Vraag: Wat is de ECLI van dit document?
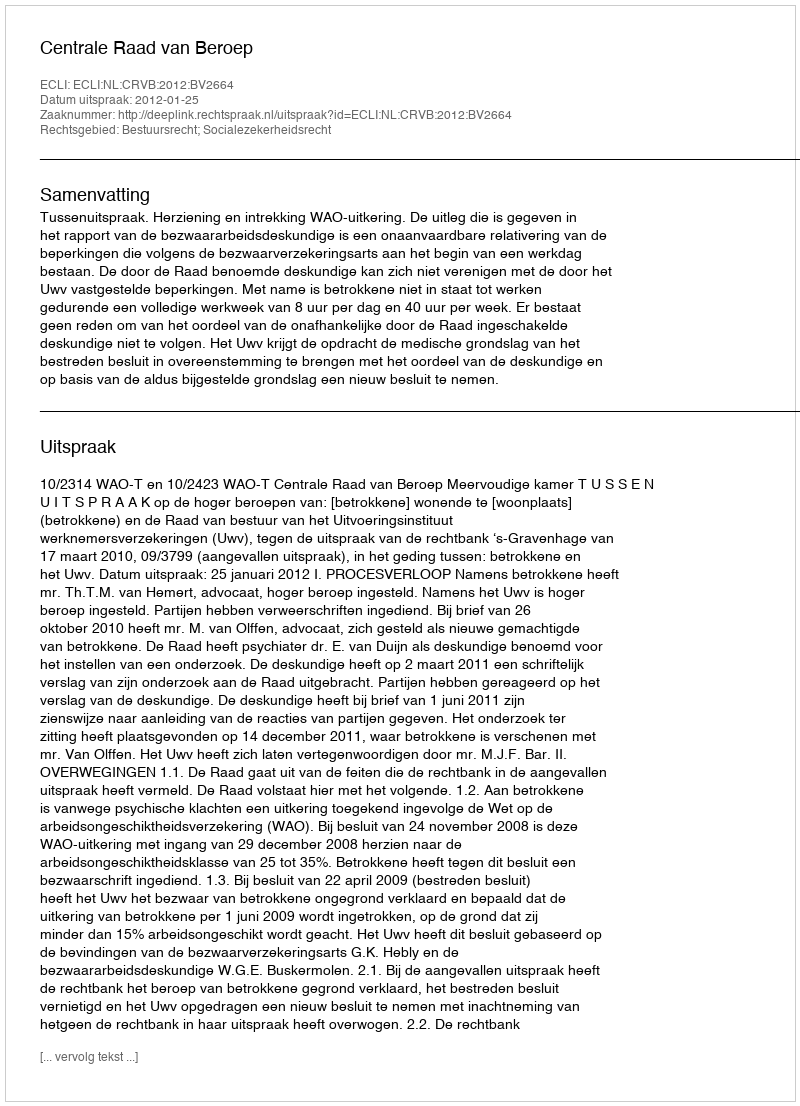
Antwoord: ECLI:NL:CRVB:2012:BV2664